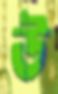
উ